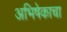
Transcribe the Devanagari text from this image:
अभिषेकाचा